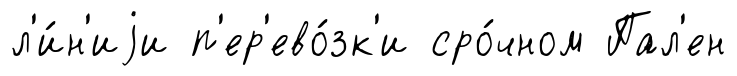
л'и́н'иjи п'ер'ево́зк'и сро́чном Пал'ен